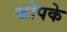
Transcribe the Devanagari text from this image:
कोपके